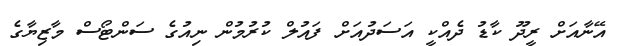
އޭނާއަށް ރީދޫ ކާޑު ދެއްކީ އަސަދުއަށް ފައުލް ކުރުމުން ނިއުގެ ސަންޓޯސް މާޒިޔާގެ